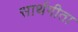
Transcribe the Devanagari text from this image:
सार्थगीता